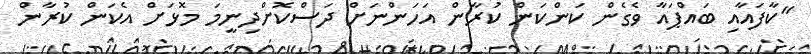
"ކާފައާއި ބައްޕައާ ވެގެން ކަންކަން ކުރާން އަހަންނަށް ދަސްކޮށްދިނީމަ މޮޅަށް އެކަން ކުރާން